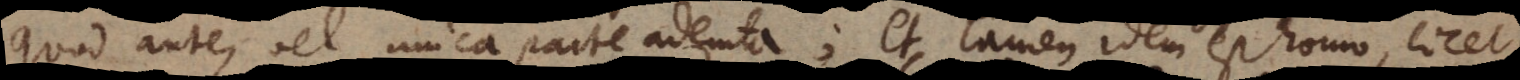
quod ante, vel unica parte ademta; et tamen idem est homo, lic